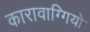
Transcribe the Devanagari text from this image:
कारावाग्गियो